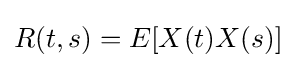
R(t,s)=E[X(t)X(s)]